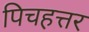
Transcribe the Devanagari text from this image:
पिचहत्तर